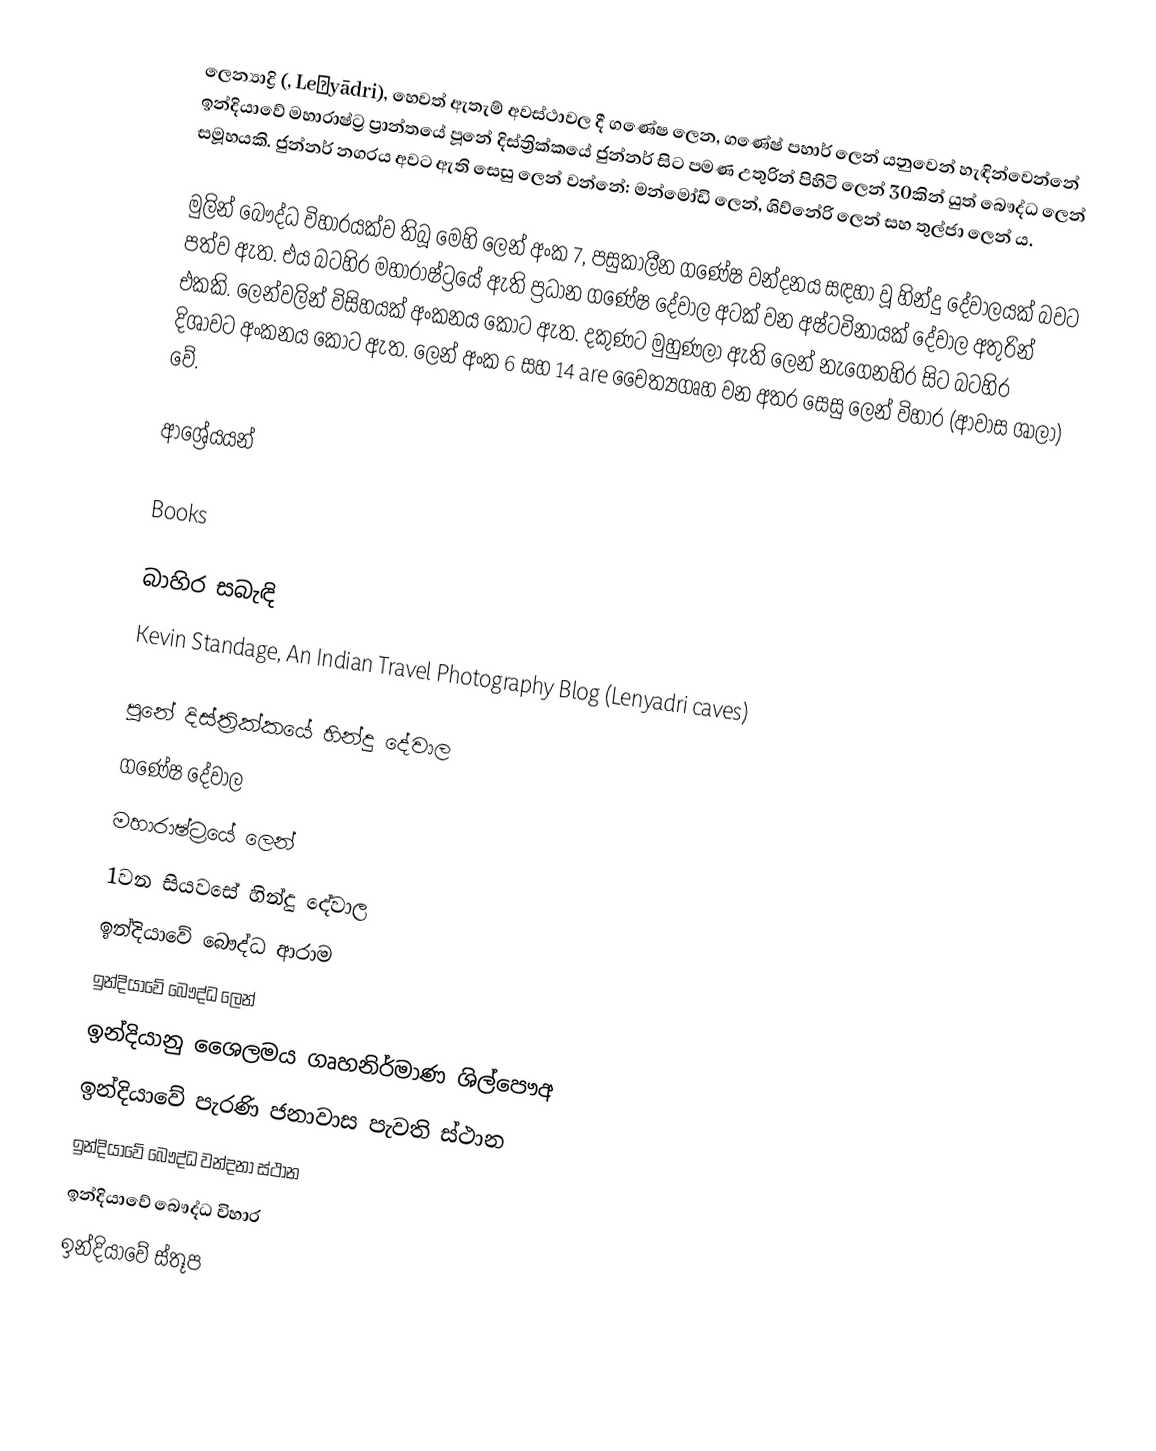
ලෙන්‍යාද්‍රි (, Leṇyādri), හෙවත් ඇතැම් අවස්ථාවල දී ගණේෂ ලෙන, ගණේෂ් පහාර් ලෙන් යනුවෙන් හැඳින්වෙන්නේ ඉන්දියාවේ මහාරාෂ්ට්‍ර ප්‍රාන්තයේ පූනේ දිස්ත්‍රික්කයේ ජුන්නර් සිට  පමණ උතුරින් පිහිටි ලෙන් 30කින් යුත් බෞද්ධ ලෙන් සමූහයකි. ජුන්නර් නගරය අවට ඇති සෙසු ලෙන් වන්නේ: මන්මෝඩි ලෙන්, ශිව්නේරි ලෙන් සහ තුල්ජා ලෙන් ය.

මුලින් බෞද්ධ විහාරයක්ව තිබූ මෙහි ලෙන් අංක 7, පසුකාලීන ගණේෂ වන්දනය සඳහා වූ හින්දු දේවාලයක් බවට පත්ව ඇත. එය බටහිර මහාරාෂ්ට්‍රයේ ඇති ප්‍රධාන ගණේෂ දේවාල අටක් වන අෂ්ටවිනායක් දේවාල අතුරින් එකකි. ලෙන්වලින් විසිහයක් අංකනය කොට ඇත. දකුණට මුහුණලා ඇති ලෙන් නැගෙනහිර සිට බටහිර දිශාවට අංකනය කොට ඇත. ලෙන් අංක 6 සහ 14 are චෛත්‍යගෘහ වන අතර සෙසු ලෙන් විහාර (ආවාස ශාලා) වේ.

ආශ්‍රේයයන්

 Books

බාහිර සබැඳි
 Kevin Standage, An Indian Travel Photography Blog (Lenyadri caves)

පූනේ දිස්ත්‍රික්කයේ හින්දු දේවාල
ගණේෂ දේවාල
මහාරාෂ්ට්‍රයේ ලෙන්
1වන සියවසේ හින්දු දේවාල
ඉන්දියාවේ බෞද්ධ ආරාම
ඉන්දියාවේ බෞද්ධ ලෙන්
ඉන්දියානු ශෛලමය ගෘහනිර්මාණ ශිල්පෞඅ
ඉන්දියාවේ පැරණි ජනාවාස පැවති ස්ථාන
ඉන්දියාවේ බෞද්ධ වන්දනා ස්ථාන
ඉන්දියාවේ බෞද්ධ විහාර
ඉන්දියාවේ ස්තූප